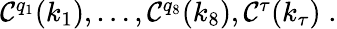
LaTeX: \begin{array}{r}{{\mathcal{C}}^{q_{1}}(k_{1}),\ldots,{\mathcal{C}}^{q_{8}}(k_{8}),{\mathcal{C}}^{\tau}(k_{\tau})\; .}\end{array}